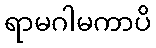
ရာမဂါမကာပိ